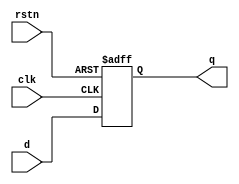
`timescale 1ns / 1ps
//////////////////////////////////////////////////////////////////////////////////
// Company: 
// Engineer: 
// 
// Design Name: 
// Module Name: dff
// Project Name: 
// Target Devices: 
// Tool Versions: 
// Description: 
// 
// Dependencies: 
// 
// Revision:
// Revision 0.01 - File Created
// Additional Comments:
// 
//////////////////////////////////////////////////////////////////////////////////


//module dff(
//    input d,
//    input rstn,
//    input clk,
//    output reg q
//    );
//    //synch
//    always @ (posedge clk)
//        if(!rstn)
//            q <= 0;
//        else
//            q <= d;
            
//endmodule

module dff(
    input d,
    input rstn,
    input clk,
    output reg q
    );
    //asynch
    always @ (posedge clk or negedge rstn)
        if(!rstn)
            q <= 0;
        else
            q <= d;
            
endmodule